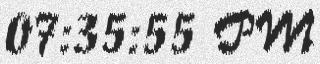
07:35:55 PM